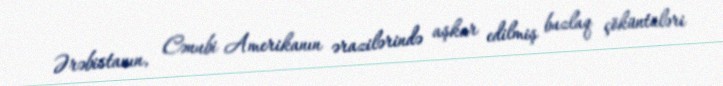
Ərəbistanın, Cənubi Amerikanın ərazilərində aşkar edilmiş buzlaq çöküntüləri